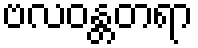
ဗလဝန္တတရာ